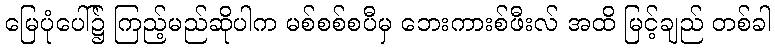
မြေပုံပေါ်၌ ကြည့်မည်ဆိုပါက မစ်စစ်စပီမှ ဘေးကားစ်ဖီးလ် အထိ မြင့်ချည် တစ်ခါ